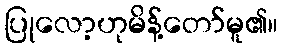
ပြုလော့ဟုမိန့်တော်မူ၏။